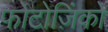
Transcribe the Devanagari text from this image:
फोटोज़िंको